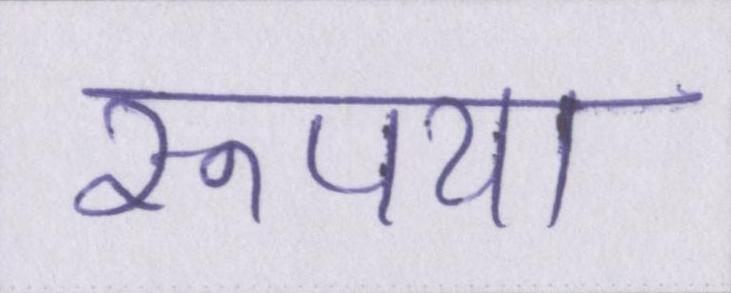
रूपया